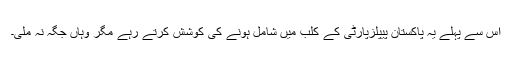
اس سے پہلے یہ پاکستان پیپلزپارٹی کے کلب میں شامل ہونے کی کوشش کرتے رہے مگر وہاں جگہ نہ ملی۔